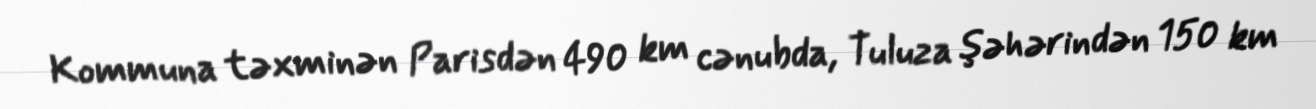
Kommuna təxminən Parisdən 490 km cənubda, Tuluza şəhərindən 150 km